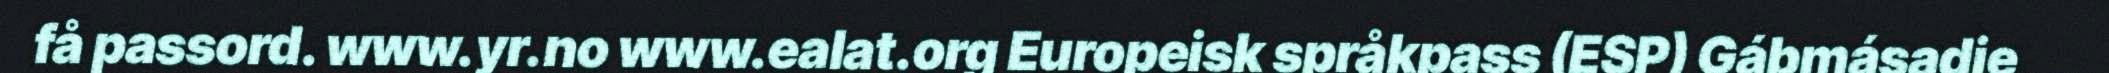
få passord. www.yr.no www.ealat.org Europeisk språkpass (ESP) Gábmásadje